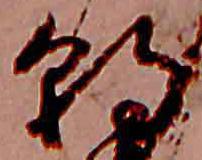
朝